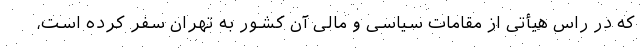
که در راس هیأتی از مقامات سیاسی و مالی آن کشور به تهران سفر کرده است،